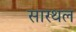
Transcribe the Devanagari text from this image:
सारथल